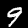
Label: 9